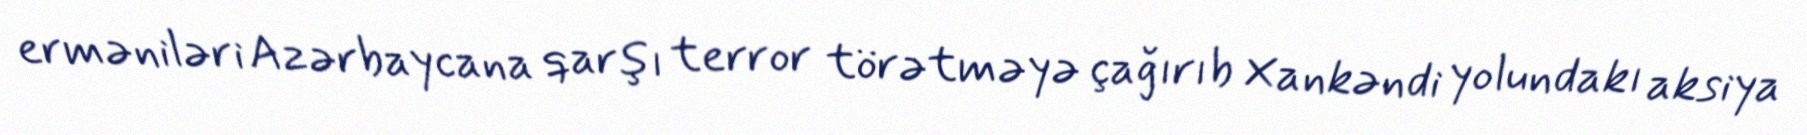
erməniləri Azərbaycana qarşı terror törətməyə çağırıb Xankəndi yolundakı aksiya